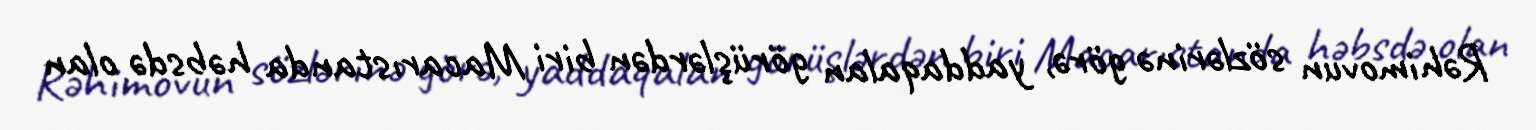
Rəhimovun sözlərinə görə, yaddaqalan görüşlərdən biri Macarıstanda həbsdə olan